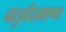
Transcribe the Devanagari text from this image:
चतुर्वेदभाष्य